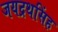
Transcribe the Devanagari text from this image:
जयद्रथसिंह